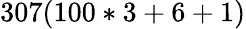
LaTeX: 307(100*3+6+1)